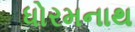
ધોરમનાથ